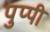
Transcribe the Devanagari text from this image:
पुप्पी